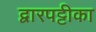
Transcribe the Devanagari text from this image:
द्वारपट्टीका